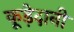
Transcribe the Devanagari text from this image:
कूड़ेदानी